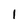
Character: 1